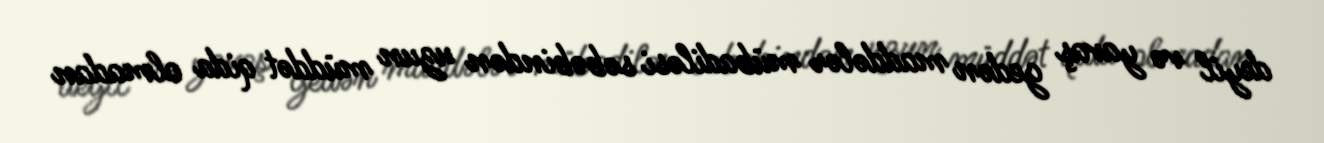
deyil və yavaş gedən maddələr mübadiləsi səbəbindən uzun müddət qida olmadan